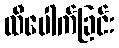
ထီပေါက်ခြင်း